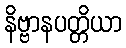
နိဗ္ဗာနပတ္တိယာ